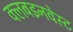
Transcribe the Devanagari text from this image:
क्लबइनवेस्ट